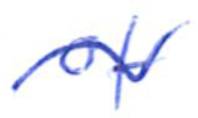
Text: of
Cross-out: mix
Writing tool: ballpoint